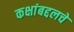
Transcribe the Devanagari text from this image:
कक्षांबद्दलचे